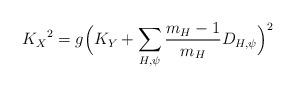
LaTeX: \begin{align*}{K_X}^2 = g \Big( K_Y + \sum\limits_{H, \psi}{\dfrac{m_H - 1} {m_H} D_{H, \psi}} \Big)^2\end{align*}